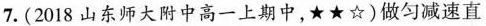
7. ( 2018 山东师大附中高一上期中，★★☆ )做匀减速直